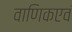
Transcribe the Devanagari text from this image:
वाणिकएवं